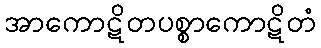
အာကောဋိတပစ္စာကောဋိတံ